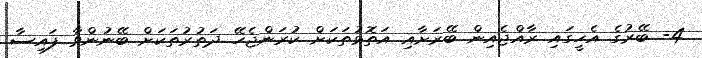
4- ބޭރުގެ އެހީގައި ރާއްޖެއިން ބޭރަށާއި އަތޮޅުތަކަށް ކުރަންޖެހޭ ދަތުރުތަކަށް ބޭނުންވާ ފައިސާ